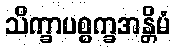
သိက္ခာပစ္စက္ခအန္တိမံ